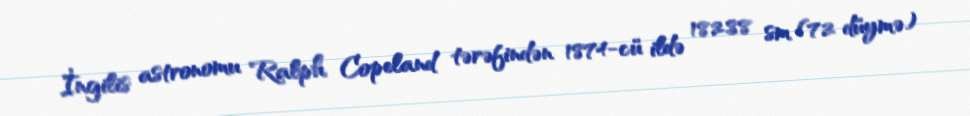
İngilis astronomu Ralph Copeland tərəfindən 1874-cü ildə 182.88 sm (72 düymə)